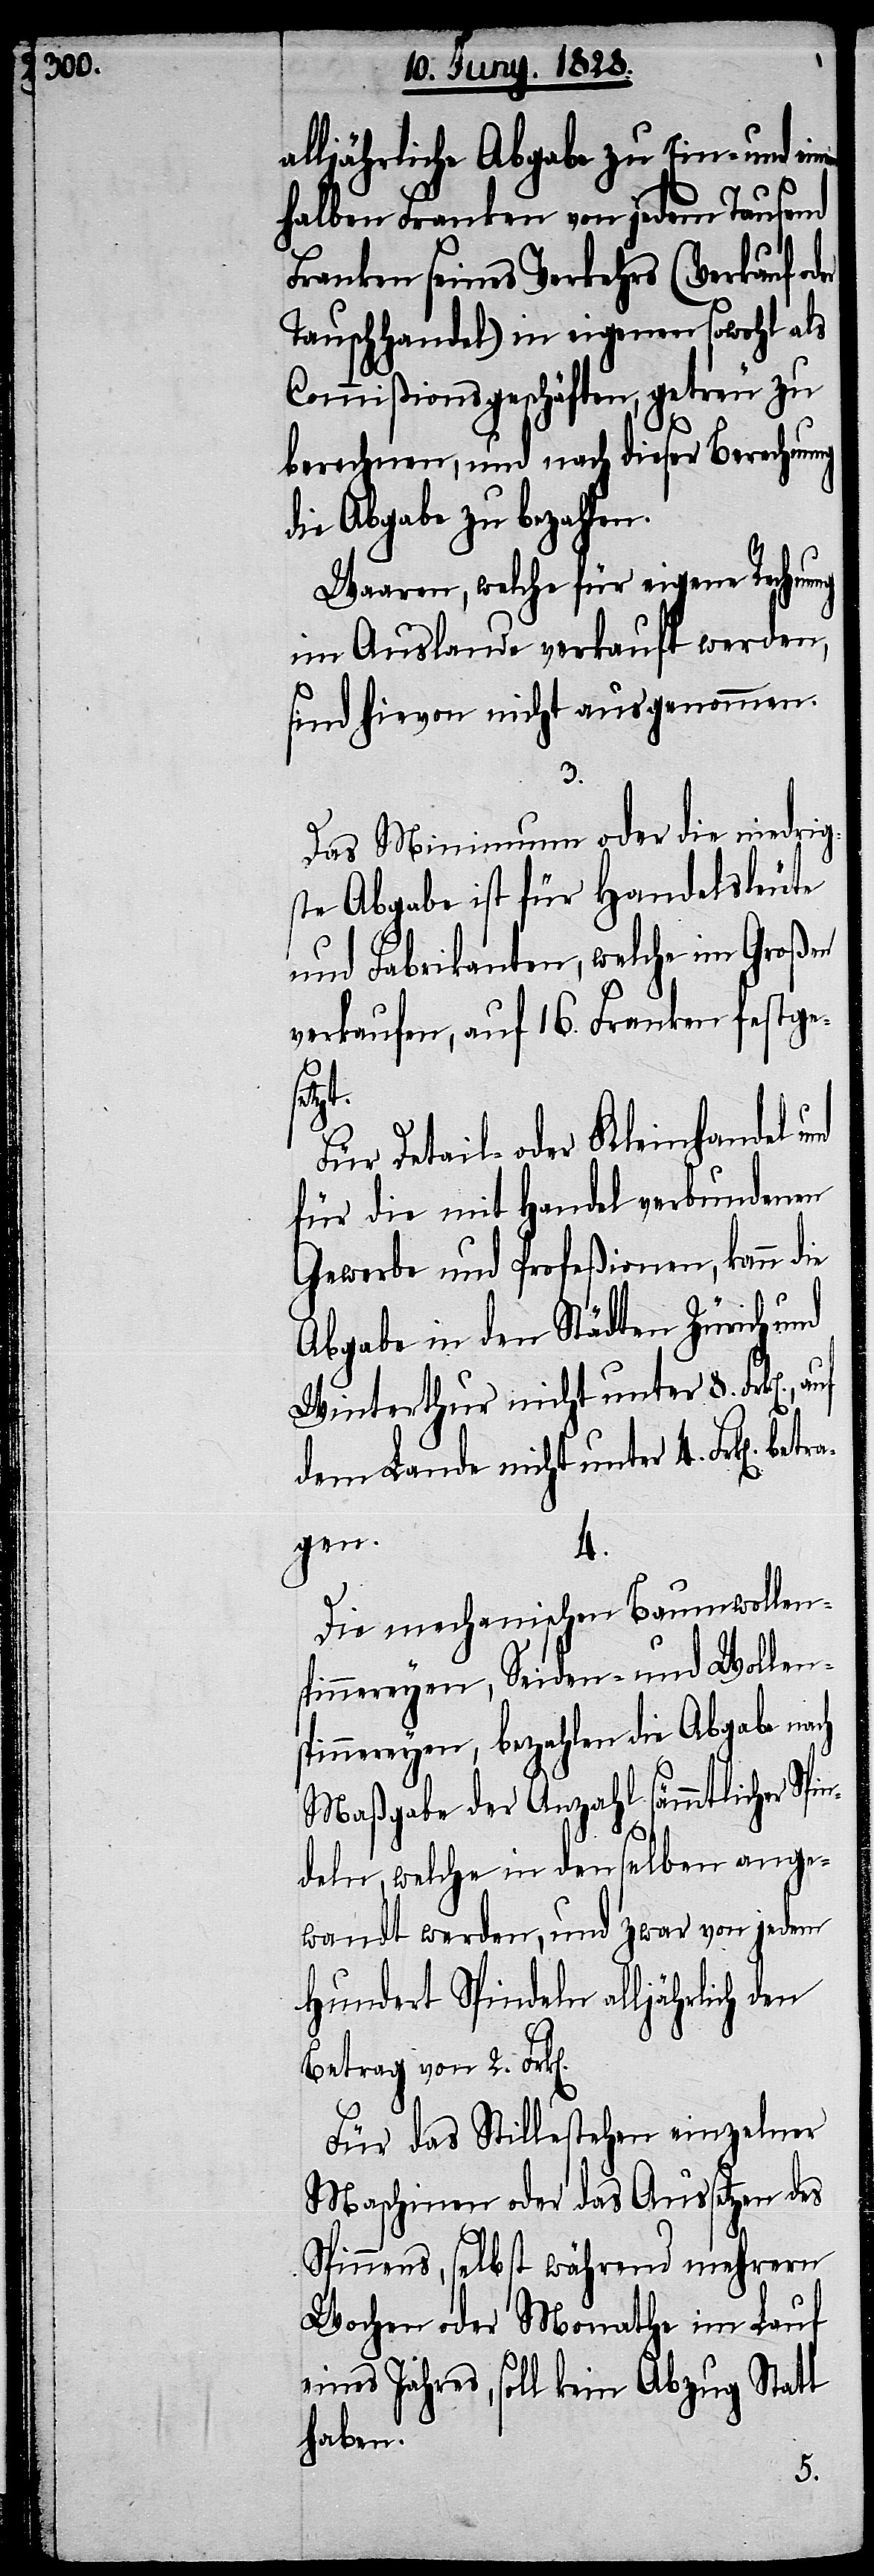
alljährliche Abgabe zu Ein- und einen
halben Franken von jedem Tausend
Franken seines Verkehrs (Verkauf oder
Tauschhandel) in eigenen sowohl als
Commißionsgeschäften, getreu zu
berechnen, und nach dieser Berechnu¬
die Abgabe zu bezahlen.
Waaren, welche für eigene Rechnung
im Auslande verkauft werden,
sind hievon nicht ausgenommen.
3.
Das Minimum oder die niedrig¬
ste Abgabe für Handelsleute
und Fabrikanten, welche im Großen
verkaufen, auf 16. Franken festges¬
betr¬
Für Detail- oder Kleinhandel
für die mit Handel verbundenen
Gewerbe und Profeßionen, kann die
Abgabe in den Städten Zürich und
Winterthur nicht unter 8. Frk[en].,
dem Lande nicht unter 4. Frk[en].
agen.
4.
Die mechanischen Baumwollens¬
pinnereyen, Seiden- und Wollen¬
spinnereyen, bezahlen die Abgabe nach
Maßgabe der Anzahl sämmtlicher Spi¬
ndeln, welche in denselben ange¬
wandt werden, und zwar von jedem
hundert Spindeln alljährlich den
Betrag von 2.
Für das Stillestehen einzelner
Maschinen oder das Aussetzen des
Spinnens, selbst während mehrern
Wochen oder Monathe im Lauf
eines Jahres, soll kein Abzug Statt
haben